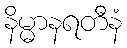
နိမ္မာနရတီနံ